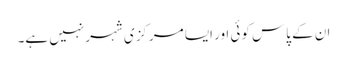
ان کے پاس کوئی اور ایسا مرکزی شہر نہیں ہے۔